system: You are a helpful assistant.
user:
Analyze the provided spectrum to determine if it is a **"Cataclysmic Variables (CV)"**.

- **Key Indicators for CV (Check for either state):**
    - **State 1: Quiescent / Low-State (Emission-Dominated)**
        - **(Primary):** Strong and *very broad* Hydrogen Balmer emission lines (e.g., $H\alpha$ at 6563 Å, $H\beta$ at 4861 Å). The 'broadness' (high velocity dispersion, often FWHM > 1000 km/s) is the key diagnostic, indicating a high-velocity accretion disk.
        - **(Secondary):** Broad neutral Helium (He I) emission lines (e.g., 5876 Å, 6678 Å).
        - **(Key Confirmation):** Presence of high-excitation *ionized* Helium (He II) emission at 4686 Å. This is a strong indicator of accretion onto a white dwarf.
        - **(Line Profile):** Emission lines may exhibit a 'double-peaked' profile, which is a classic signature of a rotating accretion disk viewed at high inclination.

    - **State 2: Outburst / High-State (Absorption-Dominated)**
        - **(Primary):** Spectrum is dominated by a bright, blue continuum (looks like a hot star).
        - **(Secondary):** The emission lines from State 1 are weak, absent, or 'filled in', and are replaced by broad, shallow *absorption* lines (primarily Balmer and He I).
        - **(Morphology):** The overall spectrum mimics a hot B/A-type star. The crucial difference is that the absorption lines are significantly broader, shallower, and more 'washed-out' (or 'smeared') than the sharp lines of a normal stellar photosphere, due to high rotational speeds and pressure broadening in the disk.

Think first, call **spectral_visualization_tool** if needed to examine features in detail, then provide your final answer. Your response must adhere to the following strict rules:
1.  **Overall Structure:** Your response must follow the format `<think>...</think> <tool_call>...</tool_call> (if a tool is used) <answer>...</answer>`.
2.  **Tool Usage Constraint:** You may only make **one** tool call per turn.
3.  **Final Answer Format:** In the `<answer>` tag, your conclusion must be inside a `\boxed{}` command (e.g., `\boxed{YES}`), followed by your justification.

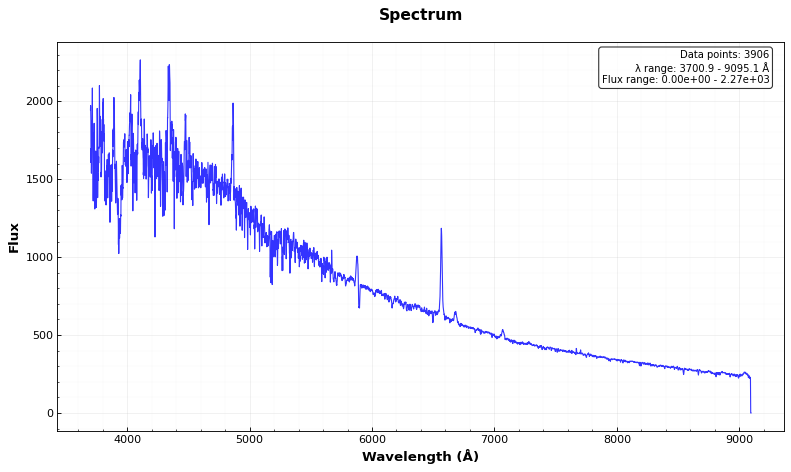
Answer: YES